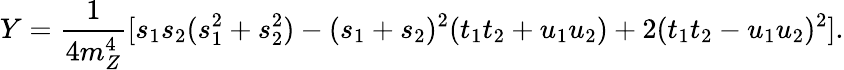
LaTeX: Y=\frac{1}{4m_{Z}^{4}}[s_{1}s_{2}(s_{1}^{2}+s_{2}^{2})-(s_{1}+s_{2})^{2}(t_{1}t_{2}+u_{1}u_{2})+2(t_{1}t_{2}-u_{1}u_{2})^{2}].